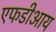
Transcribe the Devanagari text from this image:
एफडीआय